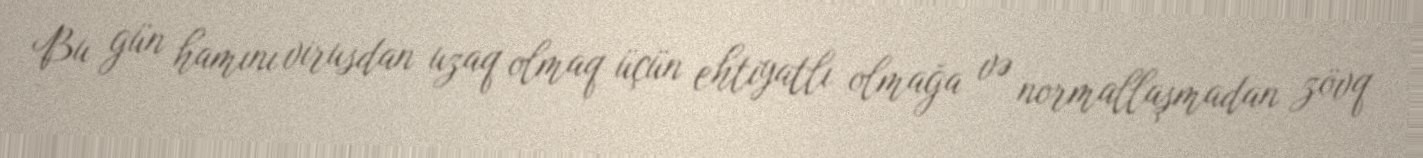
Bu gün hamını virusdan uzaq olmaq üçün ehtiyatlı olmağa və normallaşmadan zövq